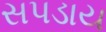
સપડાય